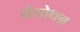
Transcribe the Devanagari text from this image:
संशोधऩ